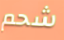
شحم